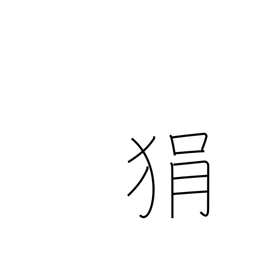
Meaning: short-tempered